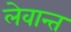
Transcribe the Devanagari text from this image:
लेवान्त